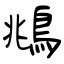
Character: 鴵